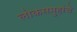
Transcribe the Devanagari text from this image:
लोकसमुहांचे